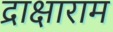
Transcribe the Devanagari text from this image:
द्राक्षाराम